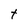
Character: t